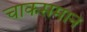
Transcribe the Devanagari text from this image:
चाकसमान